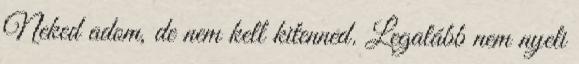
Neked adom, de nem kell kitenned. Legalább nem nyeli